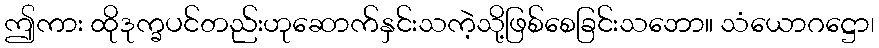
ဤကား ထိုဒုက္ခပင်တည်းဟုဆောက်နှင်းသကဲ့သို့ဖြစ်စေခြင်းသဘော။ သံယောဂဋ္ဌော၊